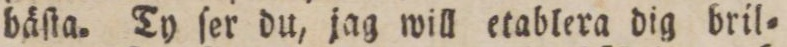
bäſta. Ty ſer du, jag will etablera dig bril=